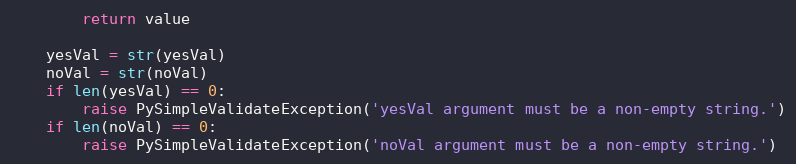
Language: Python
        return value

    yesVal = str(yesVal)
    noVal = str(noVal)
    if len(yesVal) == 0:
        raise PySimpleValidateException('yesVal argument must be a non-empty string.')
    if len(noVal) == 0:
        raise PySimpleValidateException('noVal argument must be a non-empty string.')